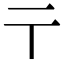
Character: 𬼽